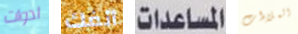
ادوات أنفك المساعدات الملاءات